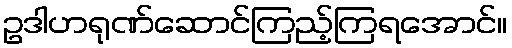
ဥဒါဟရုဏ်ဆောင်ကြည့်ကြရအောင်။